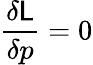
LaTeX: \frac{\delta\mathsf{L}}{\delta p}=0